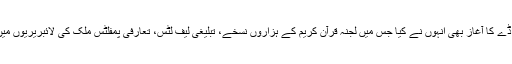
اسی طرح نیشنل تبلیغ ڈے کا آغاز بھی انہوں نے کیا جس میں لجنہ قرآن کریم کے ہزاروں نسخے، تبلیغی لیف لٹس، تعارفی پمفلٹس ملک کی لائبریریوں میں بھجوایا کرتی تھیں ۔